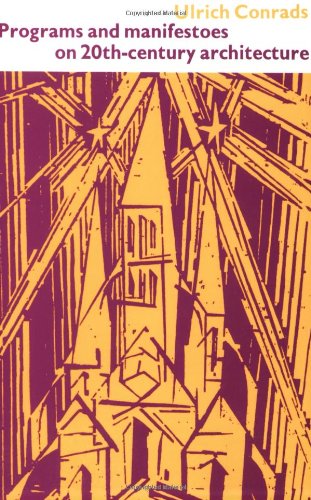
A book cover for Programs and Manifestoes on 20th-Century Architecture; Arts & Photography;